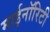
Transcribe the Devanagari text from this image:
माईनॉरिटी